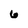
Character: 6